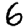
Digit: 6